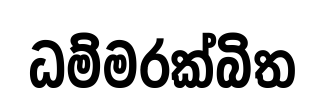
ධම්මරක්බිත